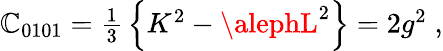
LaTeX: \mathbb{C}_{0101}=\textstyle{\frac{{1}}{{3}}}\left\{ K^{2}-\alephL^{2}\right\} =2g^{2}\; ,